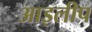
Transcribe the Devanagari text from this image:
आइलीप